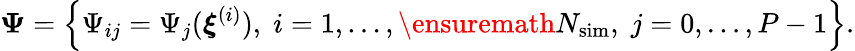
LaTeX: {\boldsymbol\Psi}=\left\{ \Psi_{ij}=\Psi_{j}({\boldsymbol{\xi}}^{(i)}),\; i=1,\ldots,{\ensuremath{N_{\mathrm{sim}}}},\; j=0,\ldots,P-1\right\} .